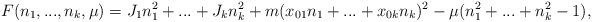
\begin{align*}F(n_1,...,n_k,\mu)=J_1n_1^2+...+J_kn_k^2+m(x_{01}n_1+...+x_{0k}n_k)^2-\mu(n_1^2+...+n_k^2-1),\end{align*}